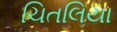
ચિતલિયા